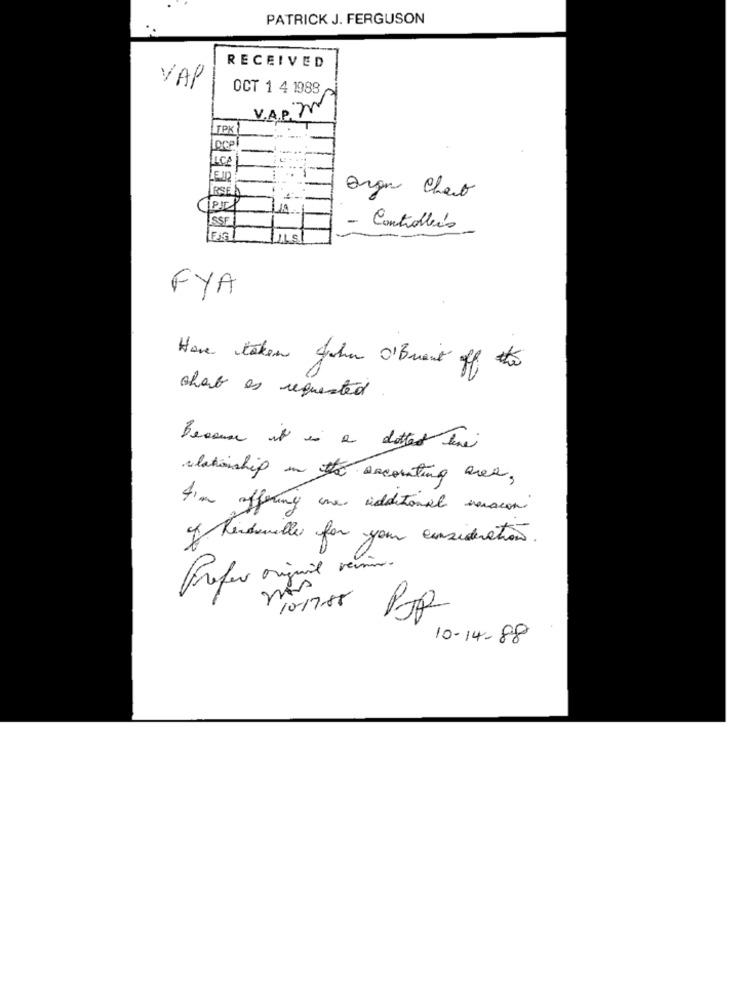
PATRICK J. FERGUSON
RECEIVED
VAP
OCT 1 4 1988
V.A.R. m
TPX
ACP
ICA
RSE
Bran Chant
SSF
- Controlleis
UILS
FYA
Have taken John O'Brant off
chart as requested
Because it is a dotted the
relationship in the accounting area,
I'm offering one additional vouscon
of Rendonelles for your consideration.
Prefer origuil veinn.
10-14-88